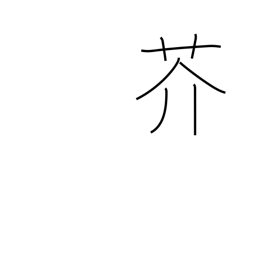
Meaning: rape